Peeter_Aleksander_Speek, lk 15
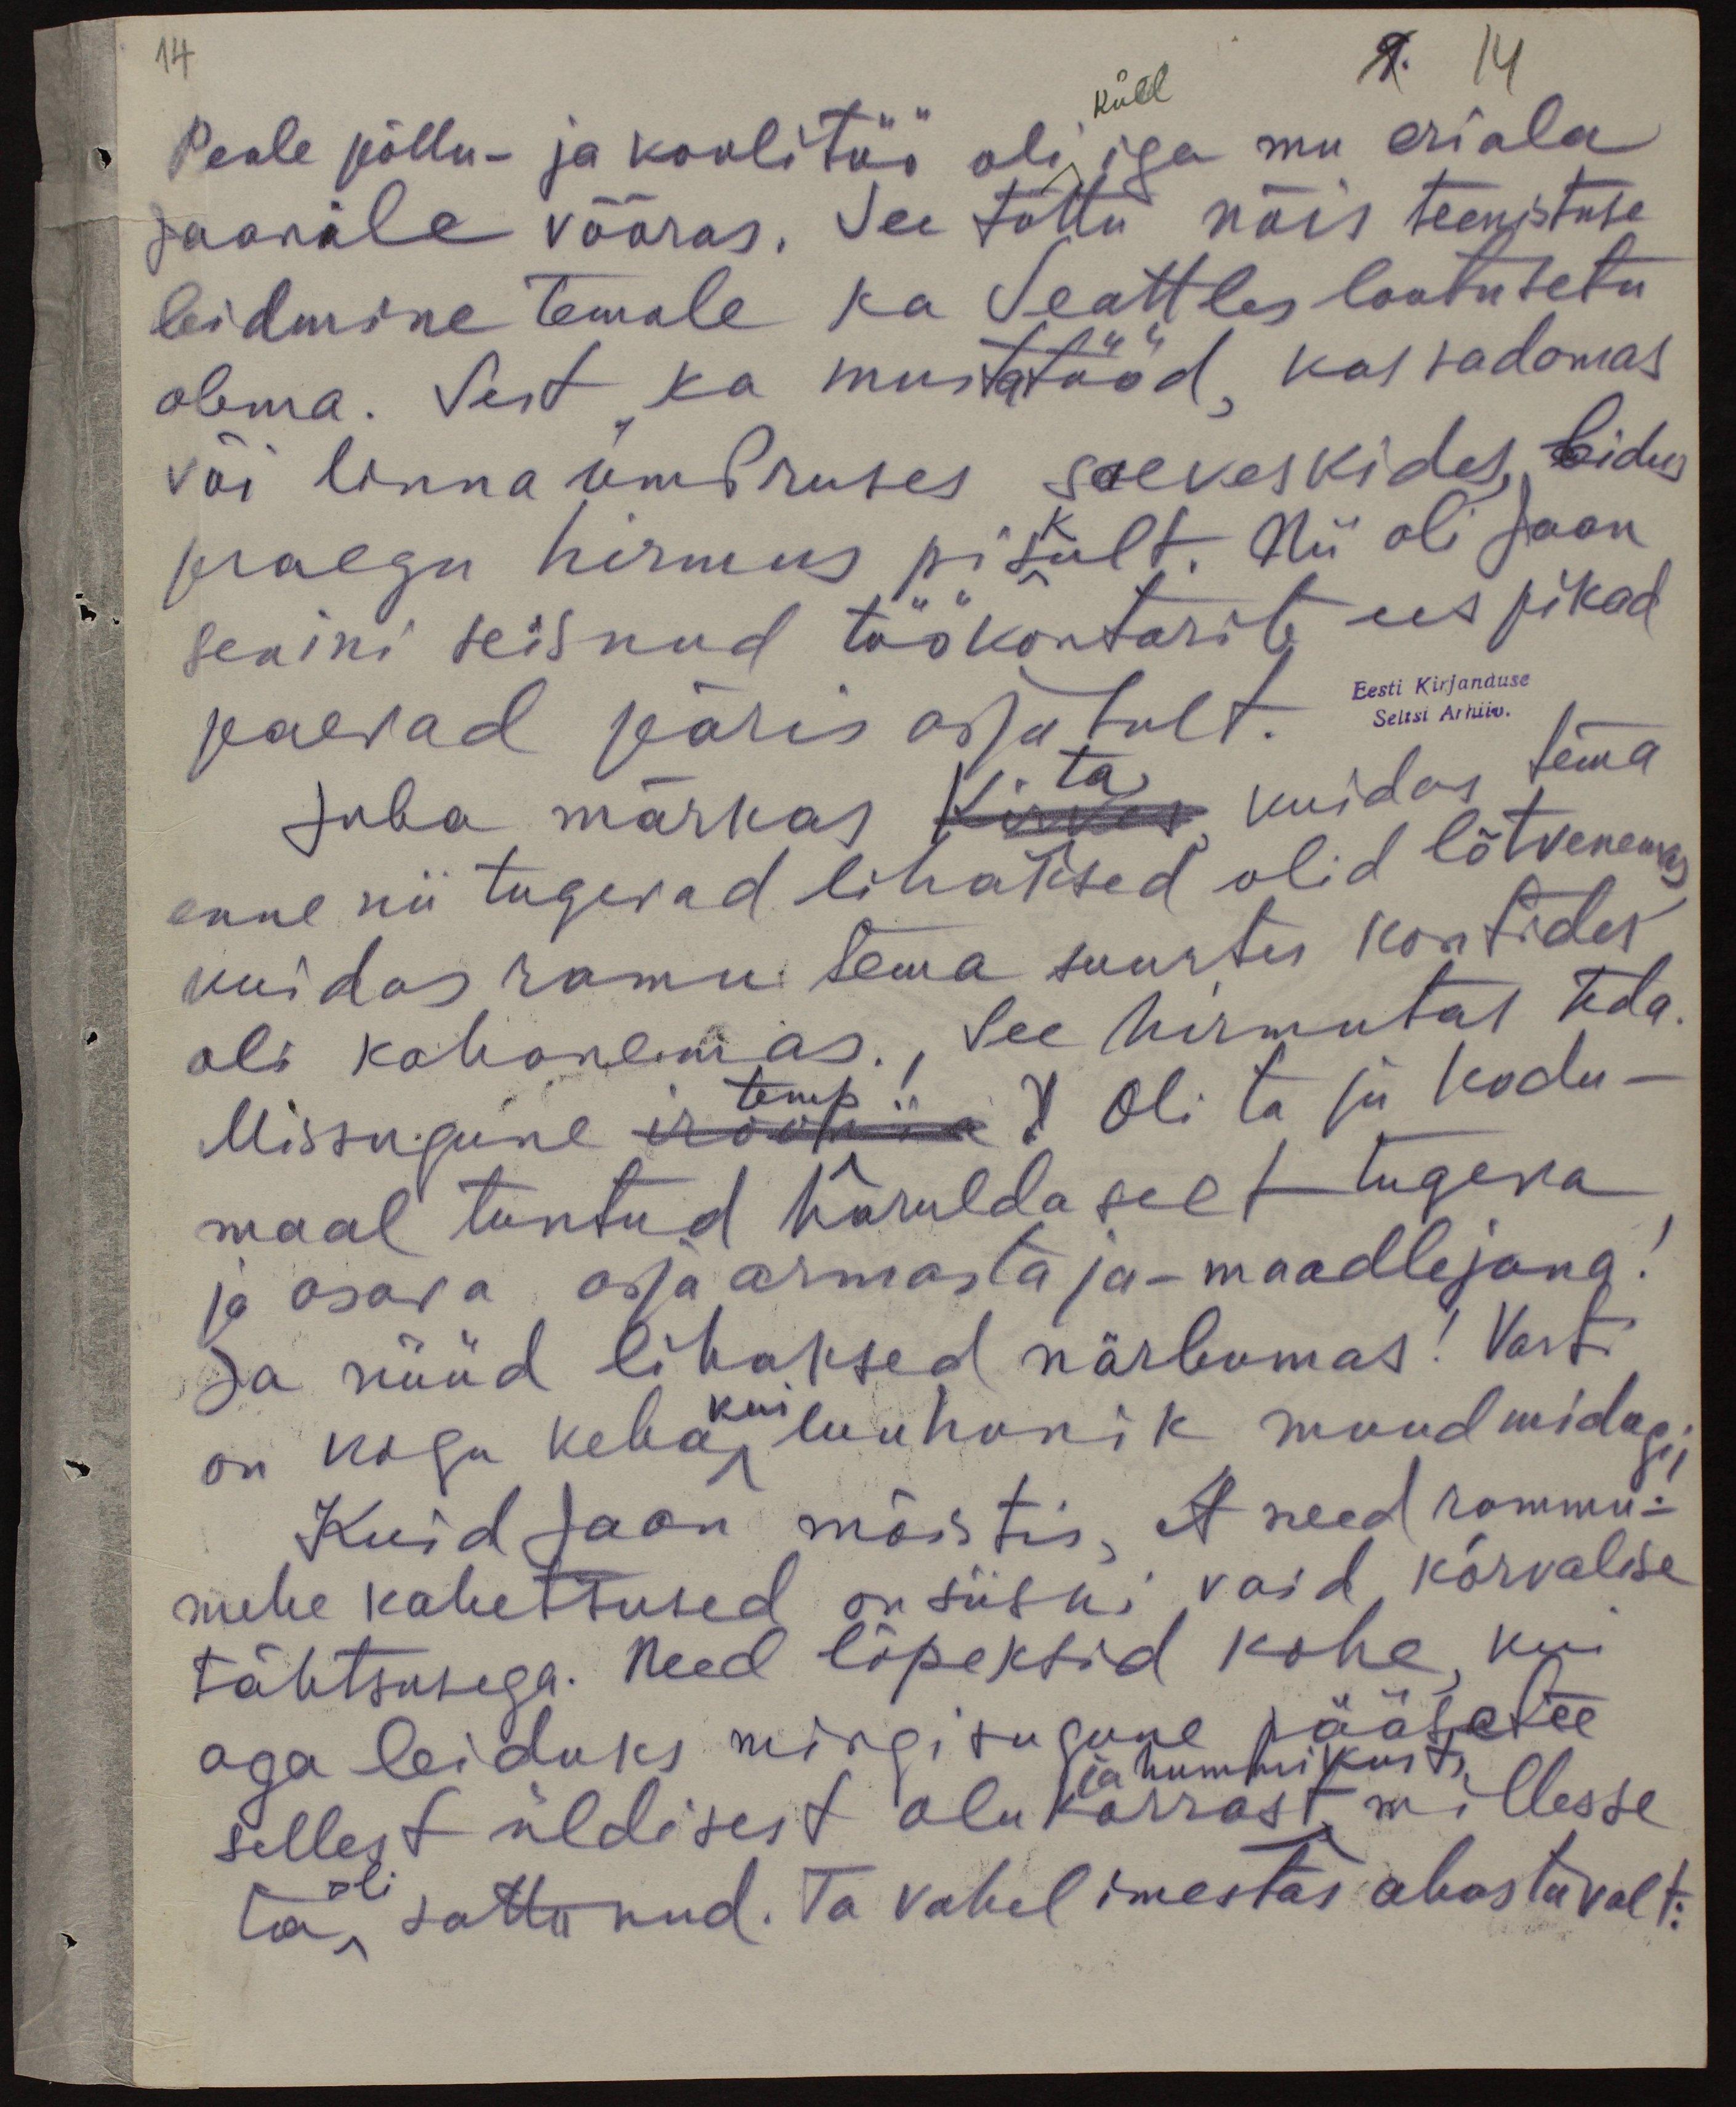
14

9. 14
küll
Peale põllu- ja koolitöö oli iga mu eriala
Jaanile võõras. See tõttu näis teenistuse
leidmine temale ka Seattles lootusetu
olema. Sest ka musta tööd kas sadamas
või linna ümbruses saeveskides, leidus
praegu hirmus piskult. Nii oli Jaan
senini seisnud töökontorite ees pikad
päevad pärisasjatult.
Eesti Kirjanduse
Seltsi Arhiiv.
Juba märkas kõik kuidas tema
ta.
enne nii tugewad lihaksed olid lõtvenemas
kuidas ramu tema suurtes kontides
oli kahanemas. See hirmutas teda
Missugune rõõtida? Oli ta ju kodu-
temp!
maal tuntud haruldaselt tugeva
ja osava asja armastaja-maadlejana!
Ja nüüd lihaksed närbumas! Varsti
on kogu keha kui luuhunik muud midagi
Kuid Jaan mõistis, et need rammu-
mehe kahetsused on siiski, vaid kõrvalise
tähtsusega. Need lõpeksid kohe, kui
aga leiduks mingisugune pääsetee
ja hummikust
sellest üldisest olukorrast, millesse
ta sattunud. Ta vahel imestas ahastavalt:
oli